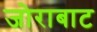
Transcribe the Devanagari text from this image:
जोराबाट